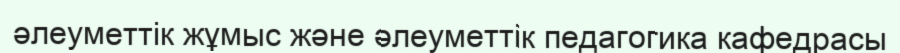
әлеуметтік жұмыс және әлеуметтік педагогика кафедрасы